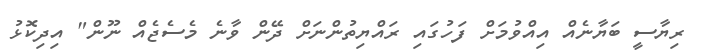
ރިޔާސީ ބަޔާނެއް އިއްވުމަށް ފަހުގައި ރައްޔިތުންނަށް ދޭން ވާނެ މެސެޖެއް ނޫން" އިދިކޮޅު